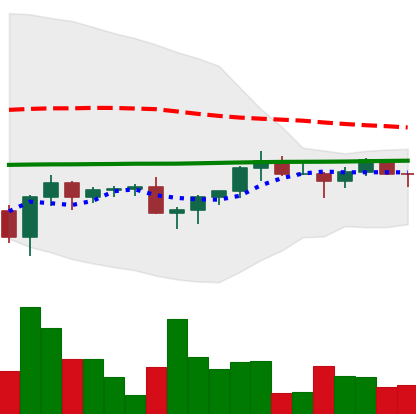
Ticker: XRP-USD
Chart end date: 2022-12-02
Forward return: -3.168%
Label: down_3_5